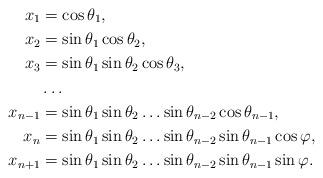
LaTeX: \begin{align*}x_1&=\cos\theta_1,\\x_2&=\sin\theta_1\cos\theta_2,\\x_3&=\sin\theta_1\sin\theta_2\cos\theta_3,\\&\dots\\x_{n-1}&=\sin\theta_1\sin\theta_2\dots\sin\theta_{n-2}\cos\theta_{n-1},\\x_n&=\sin\theta_1\sin\theta_2\dots\sin\theta_{n-2}\sin\theta_{n-1}\cos\varphi,\\x_{n+1}&=\sin\theta_1\sin\theta_2\dots\sin\theta_{n-2}\sin\theta_{n-1}\sin\varphi.\end{align*}